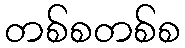
တစ်စတစ်စ